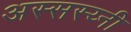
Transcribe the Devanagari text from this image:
अस्सस्य्नी